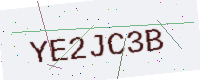
Text: YE2JC3B